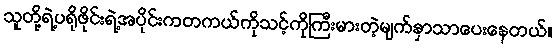
သူတို့ရဲ့ပရိုဖိုင်းရဲ့အပိုင်းကတကယ်ကိုသင့်ကိုကြီးမားတဲ့မျက်နှာသာပေးနေတယ်။